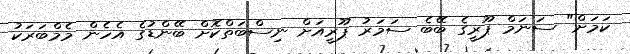
ކަމަށް" ސަނަމް ޕޫރީގެ ބޭބެ ސަމަރު ޕޫރީއަށް ނިސްބަތްކޮށް ބޭންޑުގެ އެހެން މެމްބަރަކު